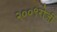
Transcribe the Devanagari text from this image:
२००९रोजी